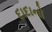
દાદાનો